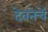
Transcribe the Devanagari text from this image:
देवतेचें